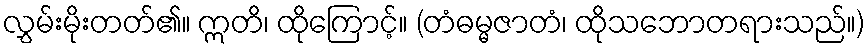
လွှမ်းမိုးတတ်၏။ ဣတိ၊ ထိုကြောင့်။ (တံဓမ္မဇာတံ၊ ထိုသဘောတရားသည်။)